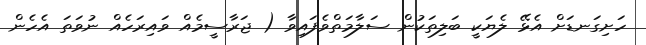
ހަށިގަނޑަށް އެޅޭ ލެޔަކީ ބަލިތަކުން ސަލާމަތްވެފައިވާ ( ޖަރާސީމެއް ވައިރަހެއް ނުވަތަ އެހެން